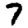
Digit: 7